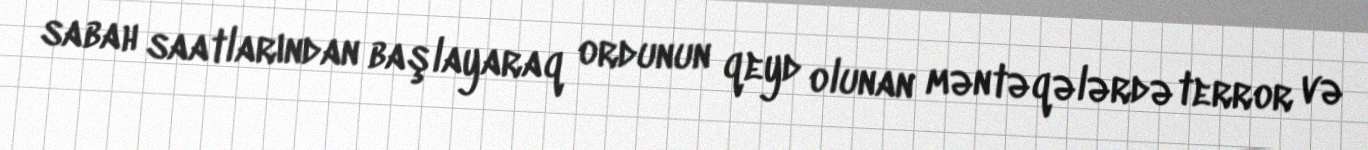
sabah saatlarından başlayaraq ordunun qeyd olunan məntəqələrdə terror və